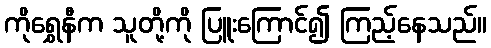
ကိုရွှေနီက သူတို့ကို ပြူးကြောင်၍ ကြည့်နေသည်။